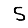
Digit: 5